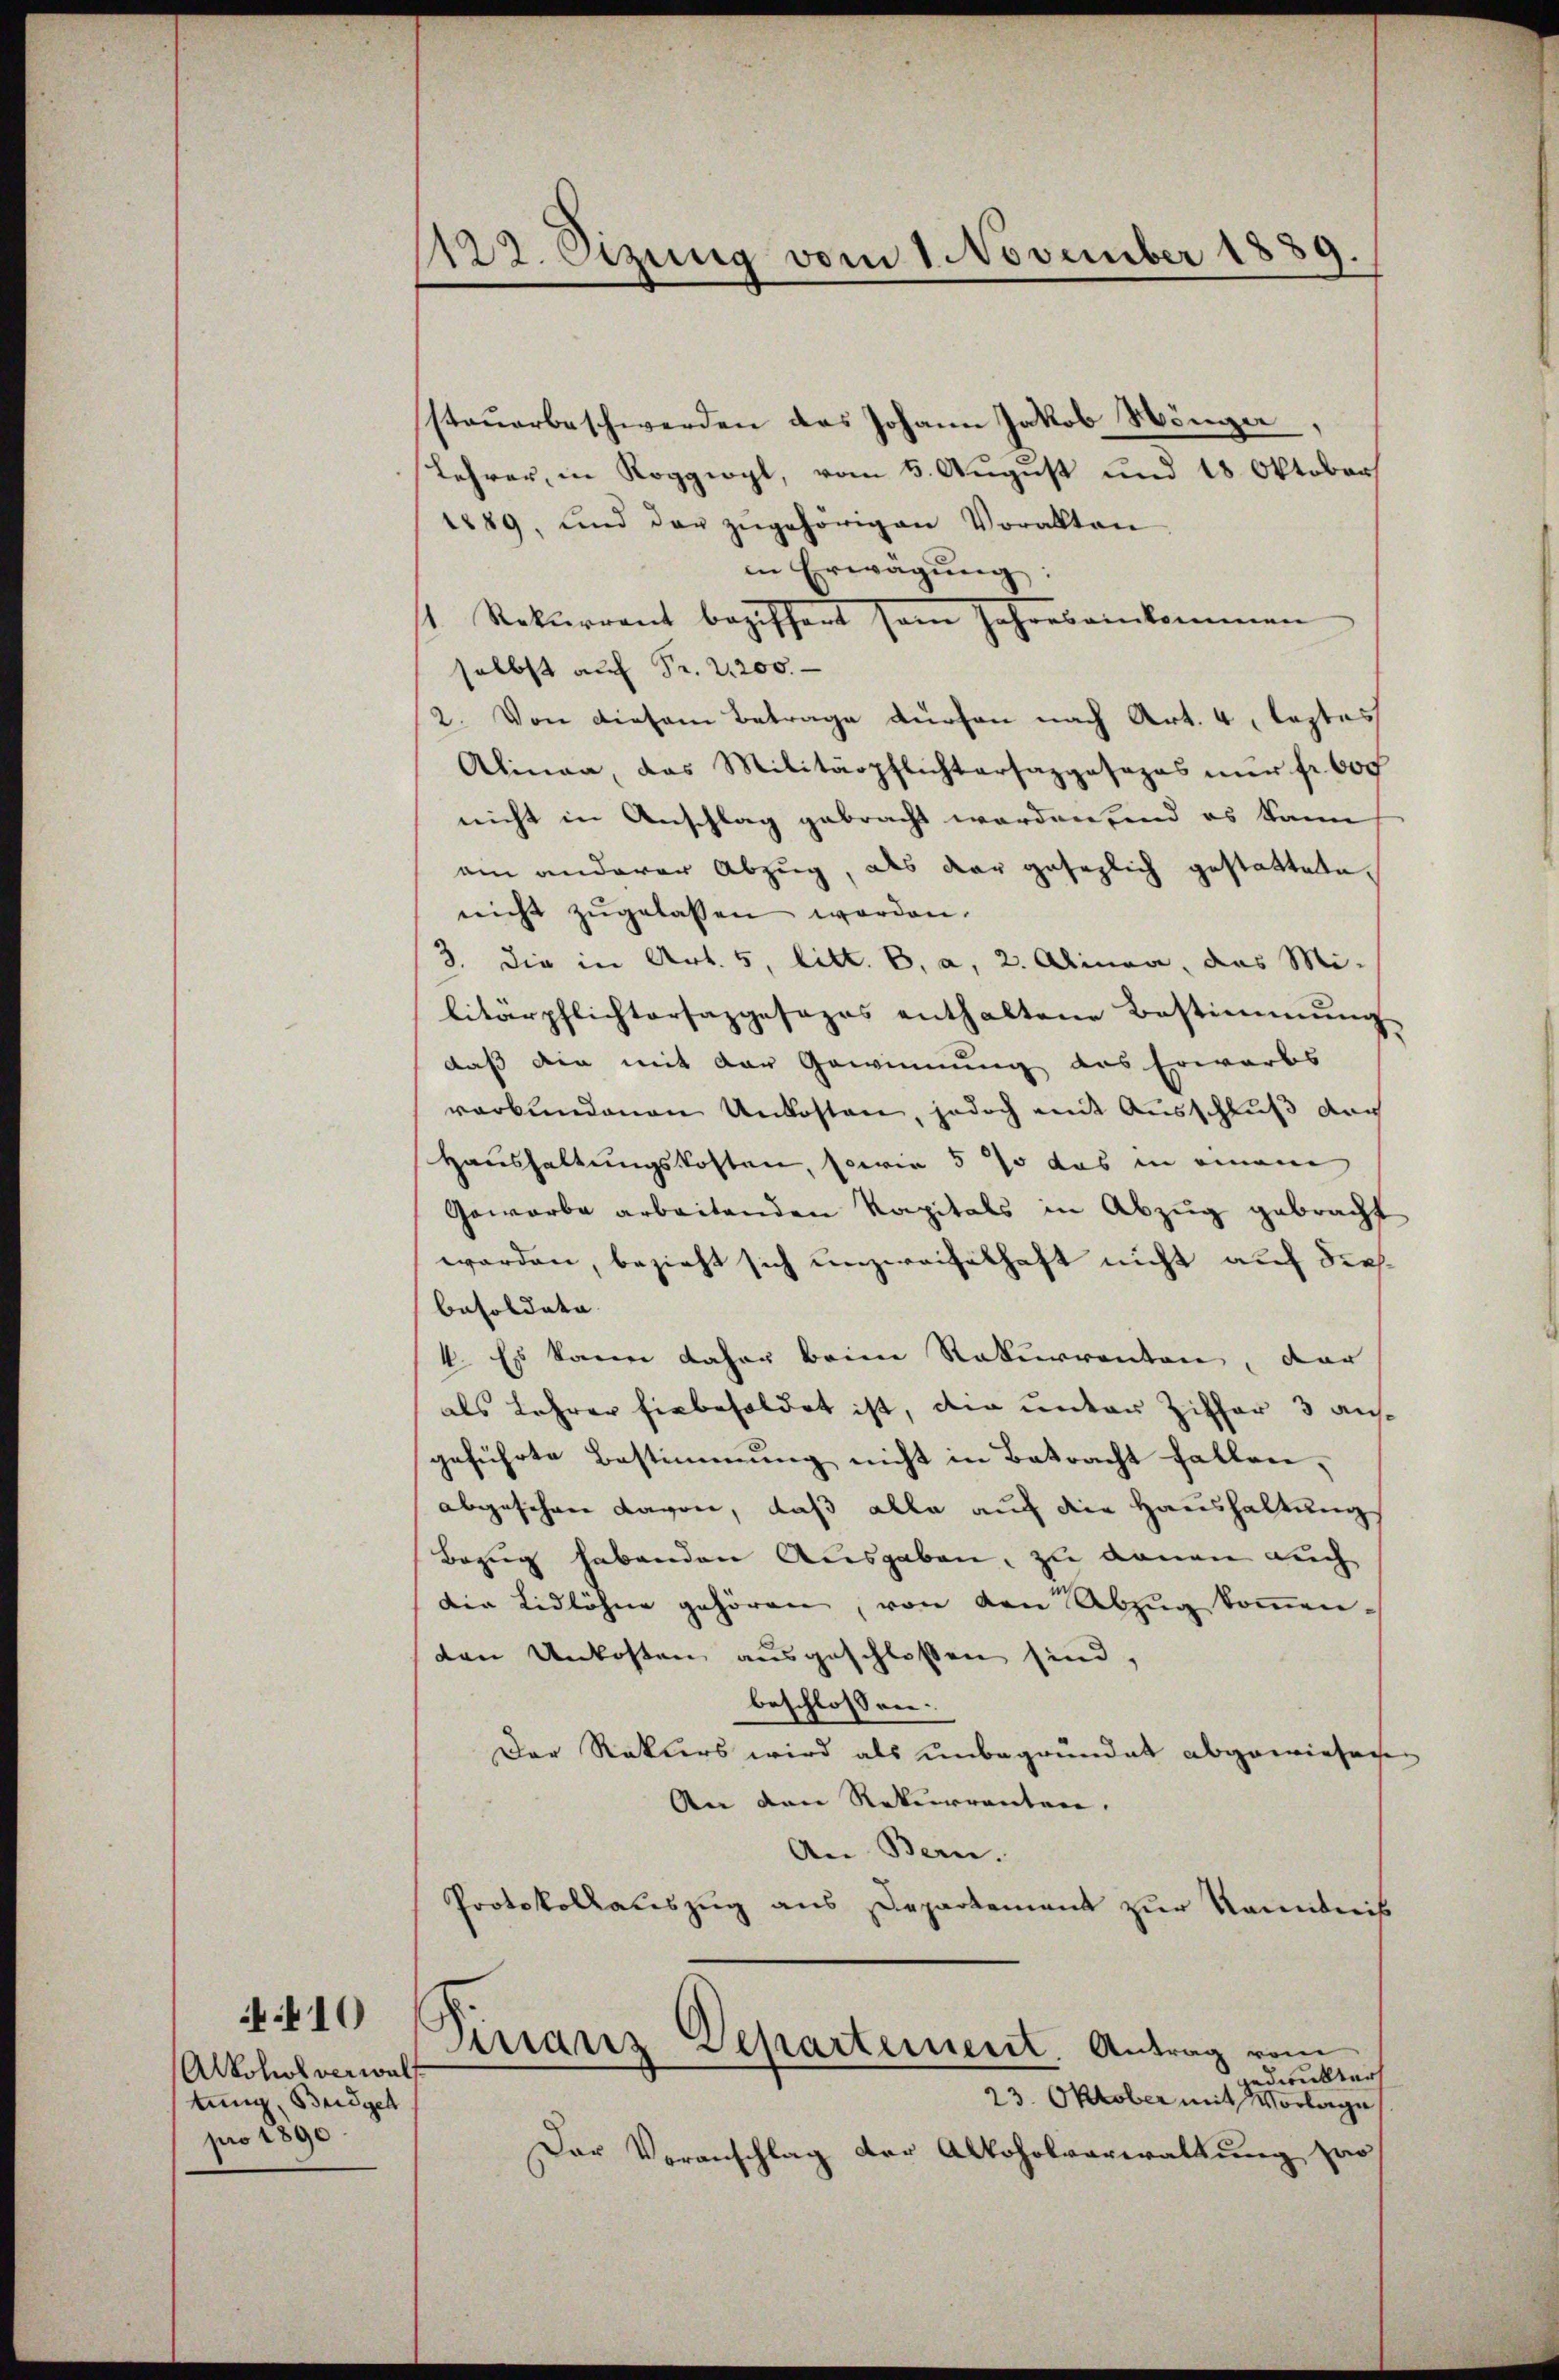
410
Alkohol verwalt
tung, Budget
pro 1890

1122. Sizung vom 1. November 1889.

steŭerbeschwerden das Johann Jakob Hönger,
Lehrer, in Roggiopl, vom 5. August und 18. Oktober
1889, und der zŭgehörigen Vorakten
in Erwägŭng:
st. Rekurrent beziffert sein Jahres einkommen
selbst auf Fr. 2200.
2. Von diesem Betrage dürfen nach Art. 4, leztes
Alinea, das Militärpflichtersazpasopas nur fr. 600
nicht in Anschlag gebracht worden, und es kann
am anderer Abzug, als der gesezlich gestattete.
nicht zŭgelassen werden.
3. die in Art. 5, litt. B, a, 2. Alinea, das Mi-
litärpflichtersazgesezes enthaltene Bestimmung
daß die mit der Gewinnung des Erwarts
verbundenen Unkosten, jedoch mit Ausschluß auch
Haushaltungskosten, sowie 5 % das in einem
Geworbe arbeitenden Kapitals in Abzug gebracht
werden, bezieht sich unzweifelhaft nicht auf diesbesoldate |
4. Es kann daher beim Rekurrenten, dar
als Lehrer hiebesoldet ist, die unter Ziffer 3 ausgeführte Bestimmung nicht in Betracht fallen,
abgesehen Davon, daß alle auf die Haushaltung
Bezug habenden Ausgaben, zu denen auch
der Lidlöhne gehören, von den Abzug kommen.
den Unkosten ausgeschlossen sind,
beschlossen:
Der Rekurs wird als unbegründet abgewiesen
An den Rekurrenten.
An Bern.
Protokollauszug aus Departement zur Kenntnis
Distanz Departement. Antrag vom
jedwenkter
23. Oktober mit Vorlage
Der Voranschlag der Alkoholverwaltung zur